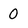
Character: 0